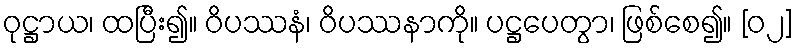
ဝုဋ္ဌာယ၊ ထပြီး၍။ ဝိပဿနံ၊ ဝိပဿနာကို။ ပဋ္ဌပေတွာ၊ ဖြစ်စေ၍။ [၀၂]